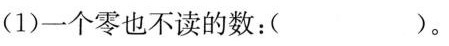
(1)一个零也不读的数：( )。